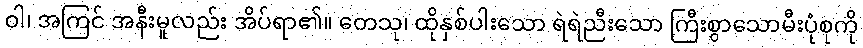
ဝါ၊ အကြင် အနီးမူလည်း အိပ်ရာ၏။ တေသု၊ ထိုနှစ်ပါးသော ရဲရဲညီးသော ကြီးစွာသောမီးပုံစုကို